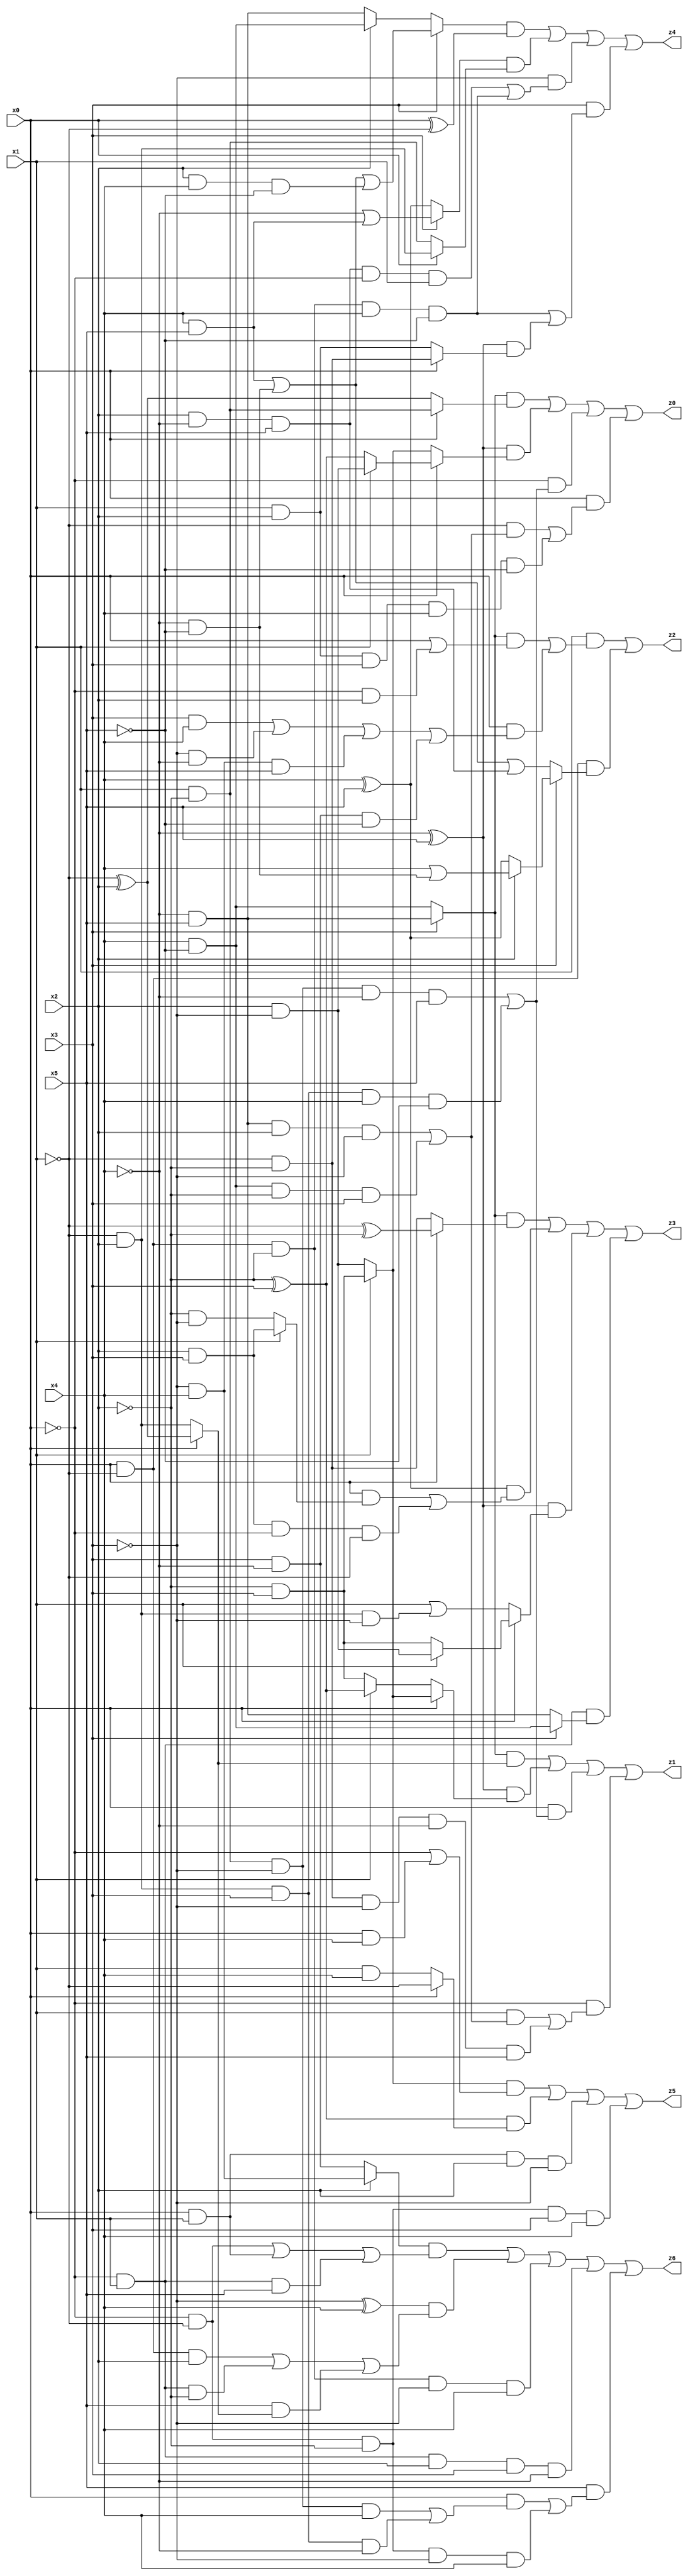
// Benchmark "X_7" written by ABC on Thu Jun 29 21:14:09 2023

module X_7 ( 
    x0, x1, x2, x3, x4, x5,
    z0, z1, z2, z3, z4, z5, z6  );
  input  x0, x1, x2, x3, x4, x5;
  output z0, z1, z2, z3, z4, z5, z6;
  assign z0 = ((x3 ? (~x4 & x5) : (x4 & ~x5)) & (x0 ? (x1 & ~x2) : (~x1 ^ x2))) | ((~x4 ^ x5) & (x0 ? (x1 ? (x2 & ~x3) : (~x2 ^ x3)) : (x1 ? (~x2 & x3) : (x2 & ~x3)))) | (~x0 & ((x1 & ~x2 & ~x3 & ~x4 & x5) | (~x1 & x2 & x3 & x4 & ~x5))) | (x0 & ((~x1 & ((~x4 & x5 & x2 & ~x3) | (x4 & ~x5 & ~x2 & x3))) | (x1 & x2 & x3 & x4 & ~x5)));
  assign z1 = ((x3 ? (~x4 & x5) : (x4 & ~x5)) & (x0 ? (~x1 ^ x2) : (~x1 & x2))) | ((~x4 ^ x5) & (x0 ? (x1 ? (~x2 & x3) : (x2 & ~x3)) : (x1 ? (~x2 ^ x3) : (~x2 & x3)))) | (x0 & ((x1 & ~x2 & ~x3 & ~x4 & x5) | (~x1 & x2 & x3 & x4 & ~x5))) | (~x0 & ((x1 & ((~x4 & x5 & x2 & ~x3) | (x4 & ~x5 & ~x2 & x3))) | (~x1 & ~x2 & ~x3 & ~x4 & x5)));
  assign z2 = (x1 & (((x3 ? (~x4 & x5) : (x4 & ~x5)) & (x0 | (~x0 & x2))) | (x0 & ((x3 & x4) | (~x3 & ~x4) | (~x3 & x4 & x5) | (x3 & ~x4 & ~x5))))) | (x0 & ~x1 & (x3 ? (x2 ? (x4 | (~x4 & ~x5)) : (x4 ^ x5)) : ((x4 & x5) | (~x4 & ~x5) | (x2 & ~x4 & x5))));
  assign z3 = ((x3 ? (~x4 & x5) : (x4 & ~x5)) & (x0 ? (~x1 ^ ~x2) : (~x1 & ~x2))) | ((x4 ^ x5) & ((x0 & (x1 ? (x2 & x3) : (~x2 & ~x3))) | (x2 & x3 & ~x0 & ~x1))) | ((~x4 ^ x5) & (x0 ? (x1 ? (x2 & ~x3) : (~x2 & x3)) : (x1 | (~x1 & x2 & ~x3)))) | (~x0 & x1 & (x3 ? (x4 & ~x5) : (~x4 & x5)));
  assign z4 = ((x3 ? ((x4 & x5) | (~x4 & ~x5) | (x2 & x4 & ~x5)) : (x2 ? (x4 & ~x5) : (~x4 & x5))) & (x0 ^ ~x1)) | ((x3 ? (~x4 | (x4 & x5)) : (x4 ^ x5)) & (x0 ? (~x1 & x2) : (x1 & ~x2))) | (~x3 & ((x2 & ~x4 & x5 & ~x0 & x1) | (x0 & ~x1 & ~x2 & x4 & ~x5))) | (x3 & ((x0 & ~x1 & ~x2 & x4 & ~x5) | ((~x4 ^ x5) & (x0 ? (~x1 & ~x2) : (x1 & x2)))));
  assign z5 = ((x1 ? (~x2 & x3) : (x2 & ~x3)) & (~x0 | (x0 & x4))) | ((~x2 ^ x3) & (x0 ? ~x1 : (x1 & x4))) | (x0 & x1 & x2 & ~x3) | (~x0 & ~x1 & ~x2 & x3 & x4);
  assign z6 = ((x2 ? (~x3 & x4) : (x3 & ~x4)) & ((~x0 & ~x1) | (x0 & x1) | (~x0 & x1 & x5))) | ((~x3 ^ x4) & ((x0 & ~x1 & x2) | (~x0 & x1 & ~x2) | (x5 & (x0 ? (~x1 ^ x2) : (~x1 & x2))))) | (x0 & ~x1 & ~x2 & ~x3 & x4) | (~x0 & x1 & x2 & x3 & ~x4) | (x5 & ((x0 & ((x1 & ~x2 & ~x3 & x4) | (~x1 & x2 & x3 & ~x4))) | (~x0 & ~x1 & ~x2 & ~x3 & x4)));
endmodule